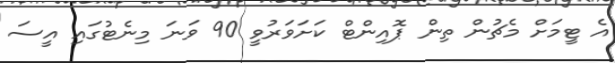
އެ ޓީމަށް މެޗުން ތިން ޕޮއިންޓް ކަށަވަރުވީ 90 ވަނަ މިނެޓުގައި އީސަ